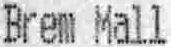
BREM MALL